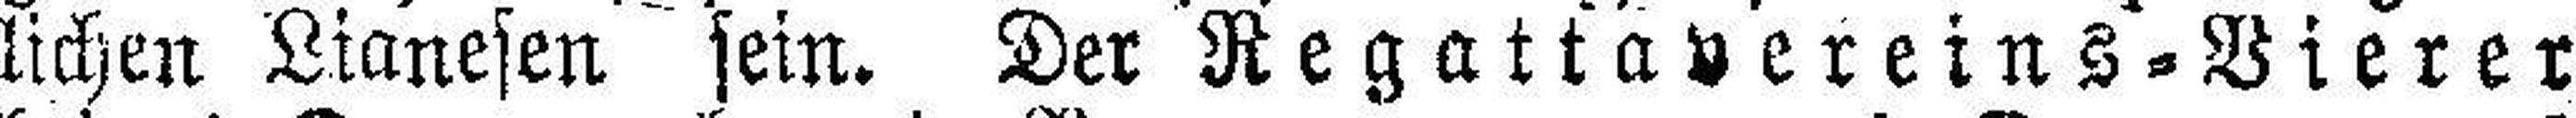
lichen Lianesen sein. Der Regattavereins-Vierer